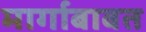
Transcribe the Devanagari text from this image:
मार्गाबाबत